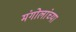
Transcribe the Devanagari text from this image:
मंगोलांच्या